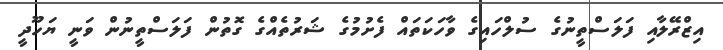
އިޒްރޭލާއި ފަލަސްތީނުގެ ސުލްހައިގެ ވާހަކަތައް ފެށުމުގެ ޝަރުތެއްގެ ގޮތުން ފަލަސްތީނުން ވަނީ ޔަހޫދީ